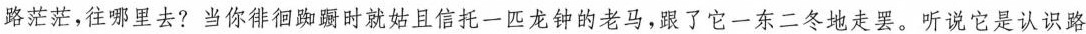
路茫茫,往那里去?当你徘脚时就姑且信托一匹龙钟的老马,跟了它一东二冬地走罢。听说它是认识路